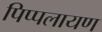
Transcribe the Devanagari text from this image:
पिप्पलायण